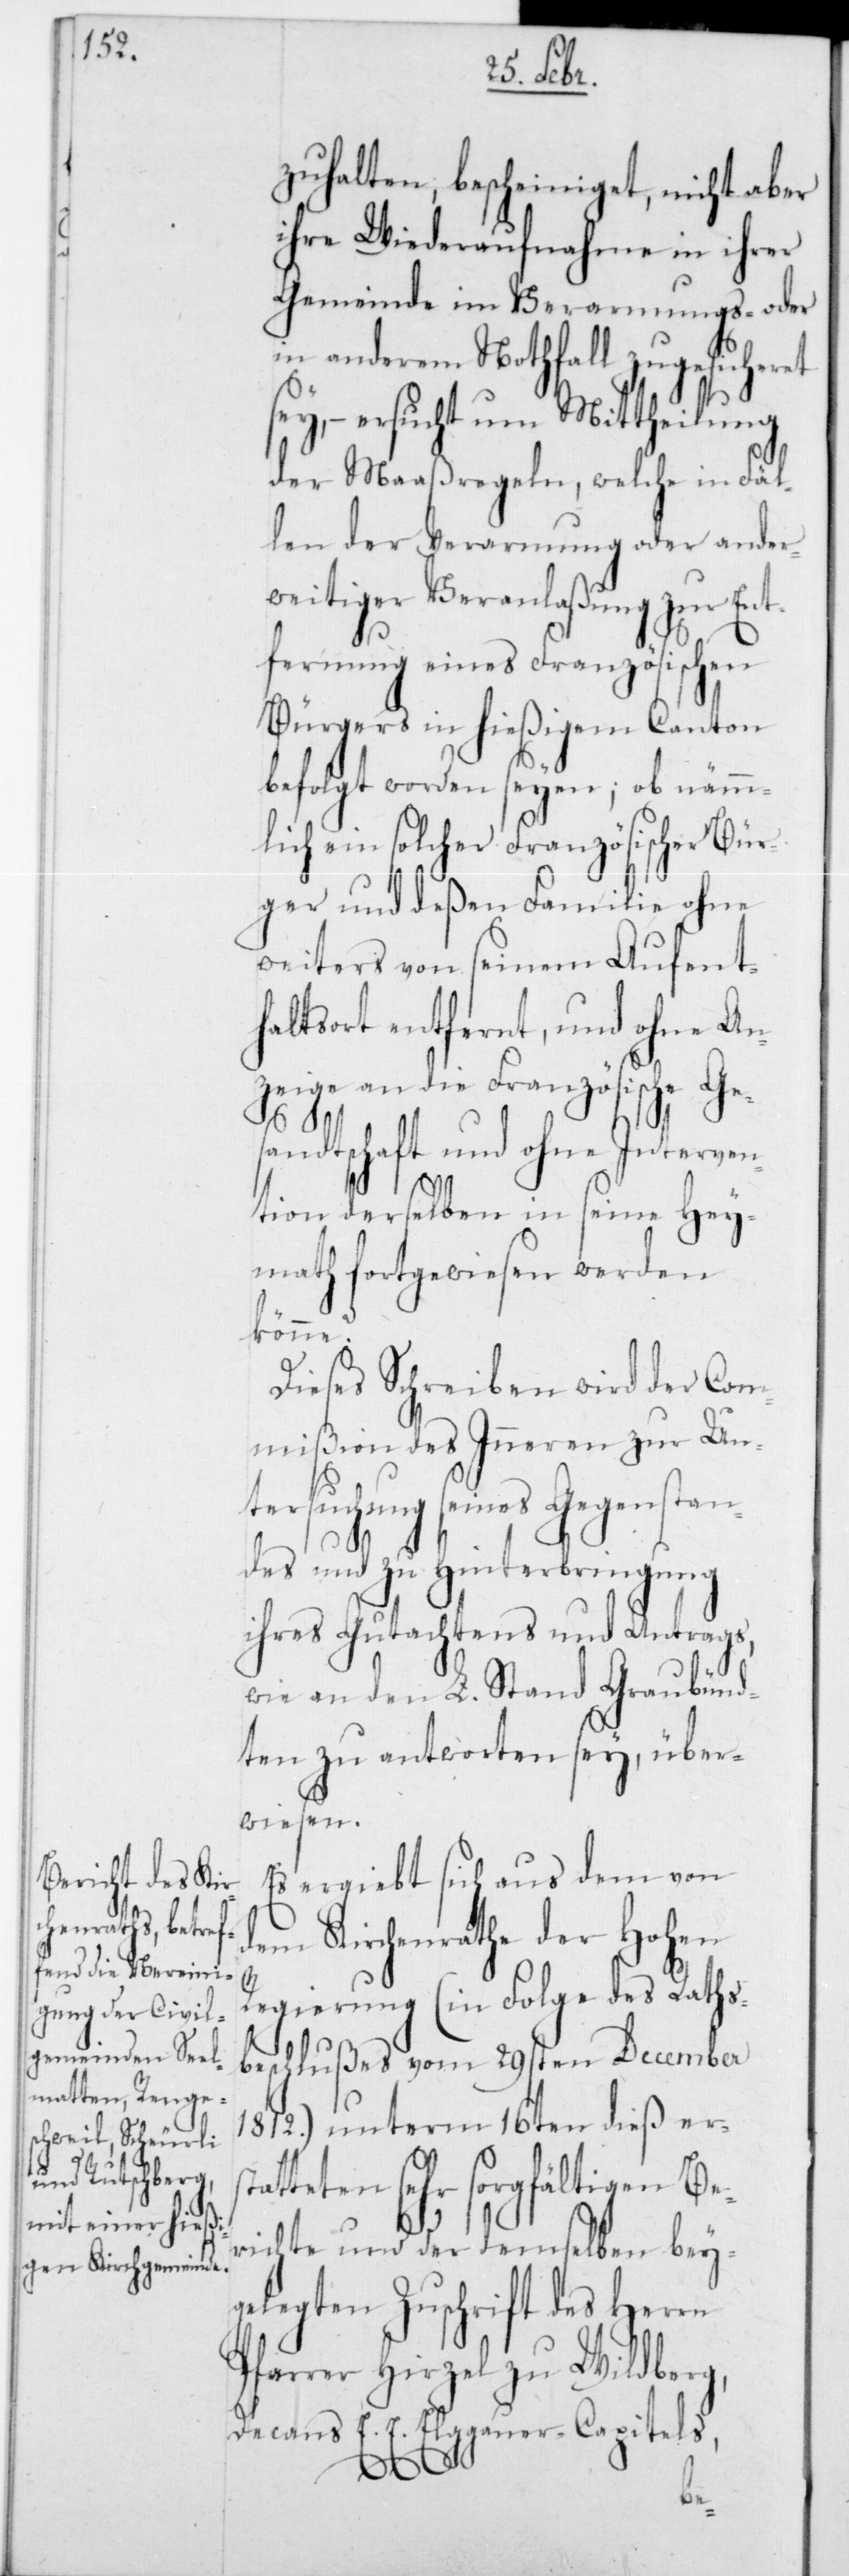
zuhalten, bescheiniget, nicht aber
ihre Wiederaufnahme in ihrer
Gemeinde im Verarmungs- oder
in anderem Nothfall zugesicheret
sey, – ersucht um Mittheilung
der Maaßregeln, welche in Fäl¬
len der Verarmung oder ander¬
weitiger Veranlaßung zur Ent¬
fernung eines Französischen
Bürgers in hießigem Canton
befolgt worden seyen; ob nämm¬
lich ein solcher Französischer Bür¬
ger und deßen Familie ohne
weiters von seinem Aufent¬
haltsort entfernt, und ohne An¬
zeige an die Französische Ge¬
sandtschaft und ohne Interven¬
tion derselben in seine Hey¬
math fortgewiesen werden
könne?
Dieses Schreiben wird der Com¬
mißion des Innern zur Un¬
tersuchung seines Gegenstan¬
des und zu Hinterbringung
ihres Gutachtens und Antrags,
wie an den L. Stand Graubünd¬
ten zu antworten sey, über¬
wiesen.
Es ergibt sich aus dem von
dem Kirchenrathe der Hohen
Regierung (in Folge des Raths¬
beschlußes vom 29sten December
1812) unterm 16ten dieß erst¬
atteten sehr sorgfältigen Be¬
richte und der demselben bey¬
gelegten Zuschrift des Herrn
Pfarrer Hirzel zu Wildberg,
Decans E. E. Elggauer-Capitels,